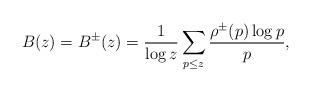
LaTeX: \begin{align*}B(z)=B^\pm (z)=\frac{1}{\log z}\sum_{p\leq z} \frac{\rho^\pm (p)\log p}{p},\end{align*}